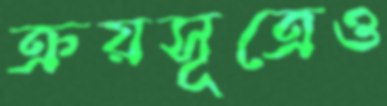
ক্রয়সূত্রেও